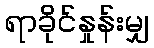
ရာခိုင်နှုန်းမျှ